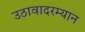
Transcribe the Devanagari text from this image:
उठावादरम्यान